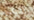
تدعى